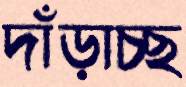
দাঁড়াচ্ছ